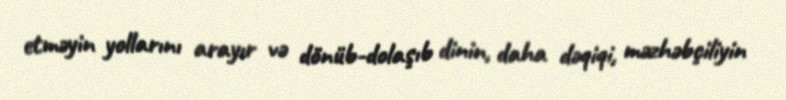
etməyin yollarını arayır və dönüb-dolaşıb dinin, daha dəqiqi, məzhəbçiliyin